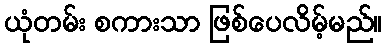
ယုံတမ်း စကားသာ ဖြစ်ပေလိမ့်မည်။